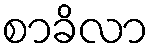
စာခိလာ